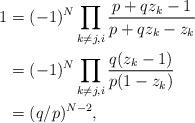
LaTeX: \begin{align*}1&= (-1)^{N} \prod_{k \neq j ,i} \frac{p + q z_k - 1}{p +q z_k - z_k} \\&= (-1)^{N} \prod_{k \neq j ,i } \frac{ q (z_k - 1)}{p(1 - z_k)}\\&= (q/p)^{N-2},\end{align*}